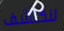
لنكتشف